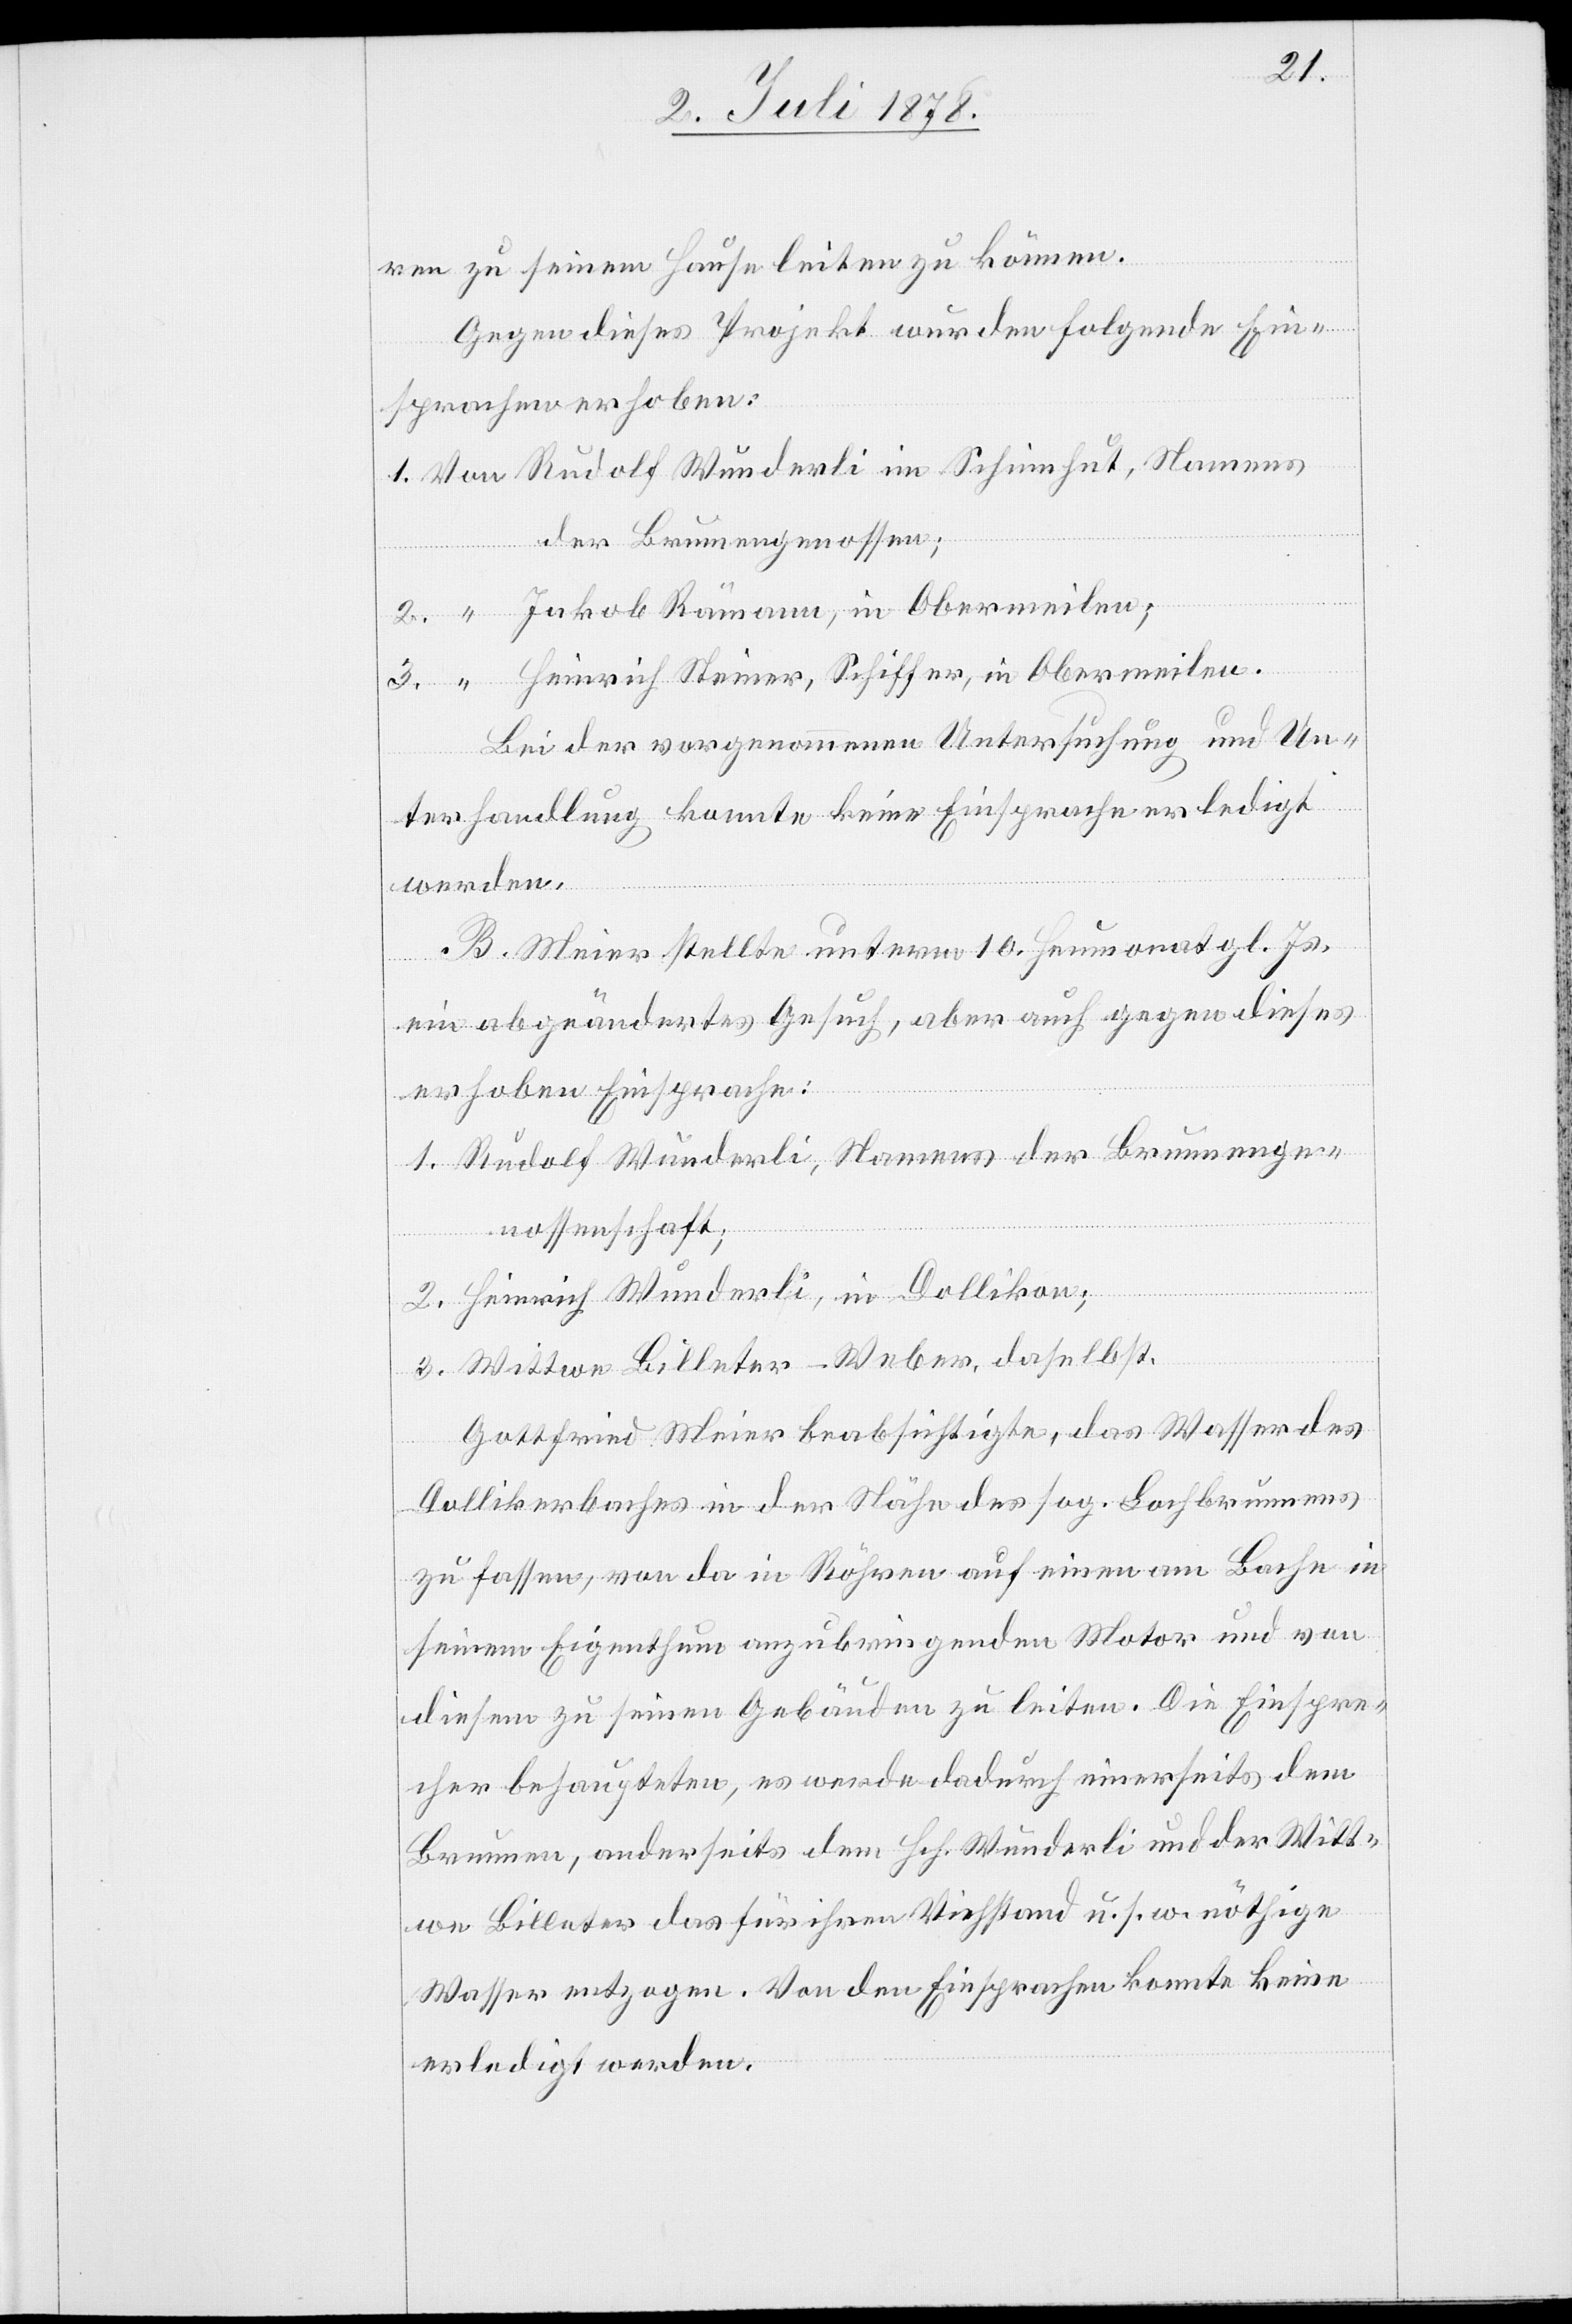
ren zu seinem Hause leiten zu können.
Gegen dieses Projekt wurden folgende Ein¬
sprachen erhoben:
1. Von Rudolf Wunderli im Schienhut, Namens
der Brunnengenossen;
2. “ Jakob Raumann, in Obermeilen;
3. “ Heinrich Steiner, Schiffer, in Obermeilen.
Bei der vorgenommenen Untersuchung und Un¬
terhandlung konnte keine Einsprache erledigt
werden.
B. Meier stellte unterm 10. Heumonat gl. Js.
ein abgeändertes Gesuch, aber auch gegen dieses
erhoben Einsprache:
1. Rudolf Wunder, Namens der Brunnenge¬
nossenschaft;
2. Heinrich Wunderli, in Dollikon;
3. Wittwe Billeter-Weber, daselbst.
Gottfried Meier beabsichtigte, das Wasser des
Dollikerbaches in der Nähe des sog. Lochbrunnens
zu fassen, von da in Röhren auf einen am Bache in
seinem Eigentum anzubringenden Motor und von
diesem zu seinen Gebäuden zu leiten. Die Einspre¬
cher behaupteten, es werde dadurch einerseits dem
Brunnen, anderseits dem Hch. Wunderli und der Witt¬
we Billeter das für ihren Viehstand u. s. w. nöthige
Wasser entzogen. Von den Einsprachen konnte keine
erledigt werden.